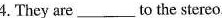
4.They are___to the stereo.